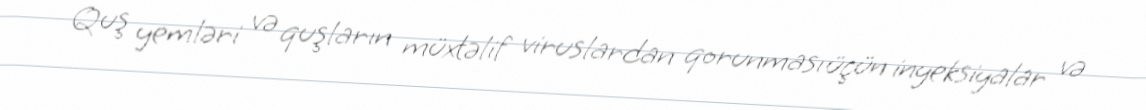
Quş yemləri və quşların müxtəlif viruslardan qorunması üçün inyeksiyalar və